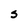
Character: s